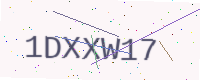
Text: 1DXXW17